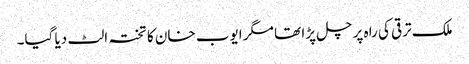
ملک ترقی کی راہ پر چل پڑا تھا مگر ایوب خان کا تختہ الٹ دیا گیا۔